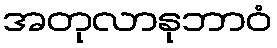
အတုလာနုဘာဝံ